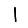
Digit: 1